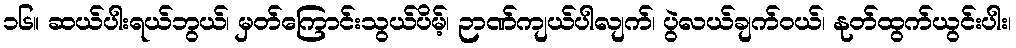
၁၆။ ဆယ်ပါးရယ်ဘွယ်၊ မှတ်ကြောင်းသွယ်ပိမ့်၊ ဉာဏ်ကျယ်ပါလျက်၊ ပွဲလယ်ချက်ဝယ်၊ နုတ်ထွက်ယွင်းပါး၊